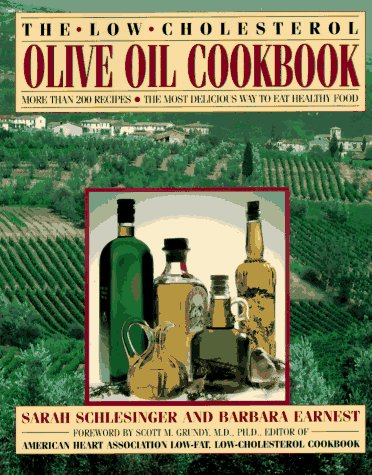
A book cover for The Low-Cholesterol Olive Oil Cookbook: More Than 200 Recipes--The Most Delicious Way to Eat Healthy Food; Sarah Schlesinger; Cookbooks, Food & Wine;